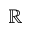
\mathbb { R }